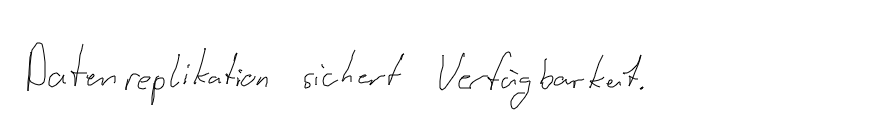
Datenreplikation sichert Verfügbarkeit.